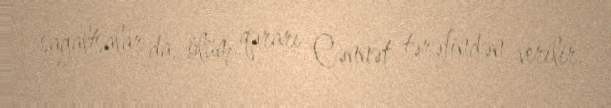
sağaltsalar da, ölüm qərarı Cənnət tərəfindən verilir.